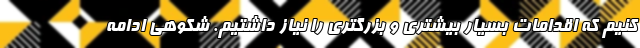
کنیم که اقدامات بسیار بیشتری و بزرگتری را نیاز داشتیم. شکوهی ادامه